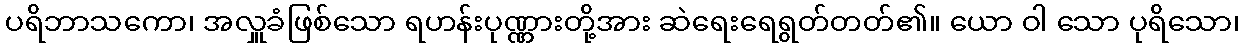
ပရိဘာသကော၊ အလှူခံဖြစ်သော ရဟန်းပုဏ္ဏားတို့အား ဆဲရေးရေရွတ်တတ်၏။ ယော ဝါ သော ပုရိသော၊